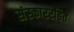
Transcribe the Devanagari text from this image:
संस्काररहित